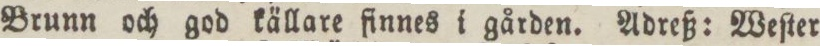
Brunn och god källare finnes i gården. Adreß: Weſter